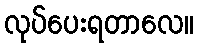
လုပ်ပေးရတာလေ။